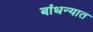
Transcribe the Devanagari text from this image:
बांधन्यात